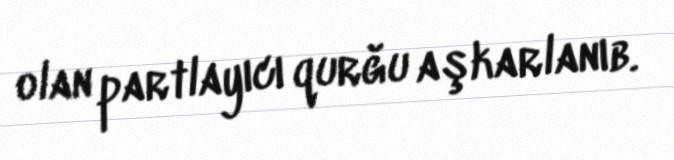
olan partlayıcı qurğu aşkarlanıb.